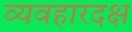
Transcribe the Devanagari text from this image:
व्यवहारदक्ष